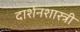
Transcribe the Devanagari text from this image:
दार्शनशास्त्री